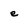
Character: e